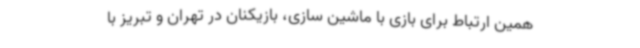
همین ارتباط برای بازی با ماشین سازی، بازیکنان در تهران و تبریز با